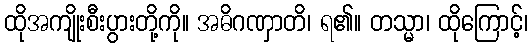
ထိုအကျိုးစီးပွားတို့ကို။ အဓိဂဏှာတိ၊ ရ၏။ တသ္မာ၊ ထိုကြောင့်၊